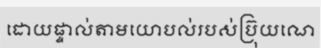
ដោយផ្ទាល់តាមយោបល់របស់ប្រ៊ុយណេ